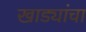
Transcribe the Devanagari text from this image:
खाड्यांचा